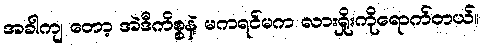
အခါကျ တော့ အဲဒီကိစ္စနဲ့ မကရင်မက လားရှိုးကိုရောက်တယ်။